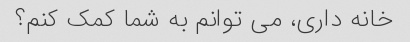
خانه داری، می توانم به شما کمک کنم؟